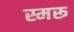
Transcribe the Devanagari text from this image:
स्मरू